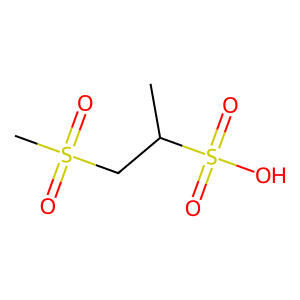
SMILES: CC(CS(C)(=O)=O)S(=O)(=O)O
Inhibits HIV replication: No